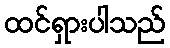
ထင်ရှားပါသည်